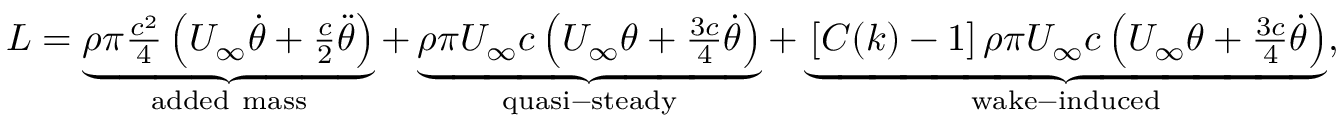
\begin{array} { r } { L = \underbrace { \rho \pi \frac { c ^ { 2 } } { 4 } \left( U _ { \infty } \dot { \theta } + \frac { c } { 2 } \ddot { \theta } \right) } _ { \mathrm { a d d e d ~ m a s s } } + \underbrace { \rho \pi U _ { \infty } c \left( U _ { \infty } \theta + \frac { 3 c } { 4 } \dot { \theta } \right) } _ { \mathrm { q u a s i - s t e a d y } } + \underbrace { \left[ C ( k ) - 1 \right] \rho \pi U _ { \infty } c \left( U _ { \infty } \theta + \frac { 3 c } { 4 } \dot { \theta } \right) } _ { \mathrm { w a k e - i n d u c e d } } , } \end{array}